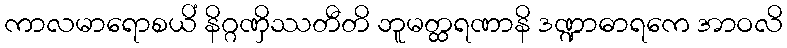
ကာလမာရောစယိံ နိဂ္ဂဏှိဿတီတိ ဘူမတ္ထရဏာနိ ဒဏ္ဍာဓာရကေ အာဝလိ